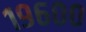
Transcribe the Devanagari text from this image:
१९६००